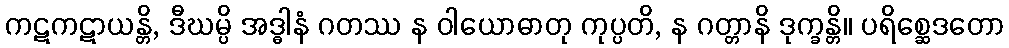
ကဋကဋာယန္တိ, ဒီဃမ္ပိ အဒ္ဓါနံ ဂတဿ န ဝါယောဓာတု ကုပ္ပတိ, န ဂတ္တာနိ ဒုက္ခန္တိ။ ပရိစ္ဆေဒတော